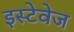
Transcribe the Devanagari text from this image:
इस्टेवेज